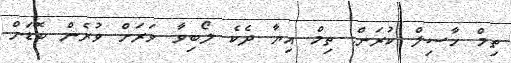
ތިމް ހާސިލް ކުރަން. ތިމް އިޔާ ދެކެ ލޯބިވާ ވަރަށް ވުރެން ބޮޑަށް